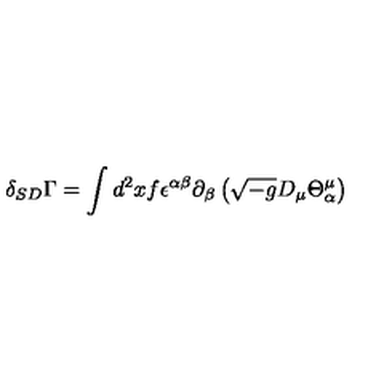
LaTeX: \delta _ { S D } \Gamma = \int d ^ { 2 } x f \epsilon ^ { \alpha \beta } \partial _ { \beta } \left( \sqrt { - g } D _ { \mu } \Theta _ { \alpha } ^ { \mu } \right)